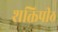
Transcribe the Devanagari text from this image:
शक्तिपीठ